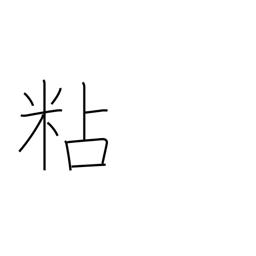
Meaning: persevere